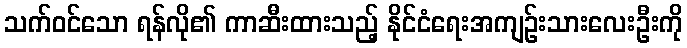
သက်ဝင်သော ရန်လို၏ ကာဆီးထားသည့် နိုင်ငံရေးအကျဉ်းသားလေးဦးကို